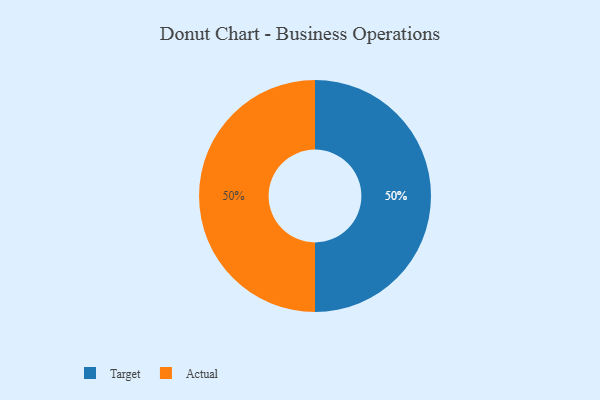
{"axis": {"x": "Category", "y": "Percentage"}, "legend": ["Actual", "Target"], "data": [{"x": "Target", "y": 50, "type": "Target"}, {"x": "Actual", "y": 50, "type": "Actual"}]}